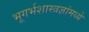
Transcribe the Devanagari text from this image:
भूगर्भशास्त्रज्ञांमध्ये